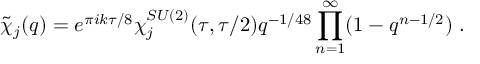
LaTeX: \tilde { \chi } _ { j } ( q ) = e ^ { \pi i k \tau / 8 } \chi _ { j } ^ { S U ( 2 ) } ( \tau , \tau / 2 ) q ^ { - 1 / 4 8 } \prod _ { n = 1 } ^ { \infty } ( 1 - q ^ { n - 1 / 2 } ) ~ .